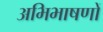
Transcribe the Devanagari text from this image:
अभिभाषणों